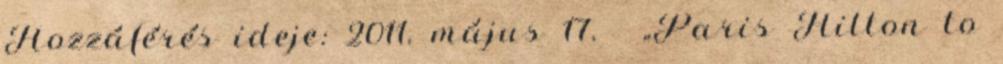
Hozzáférés ideje: 2011. május 17. ↑ „Paris Hilton to